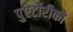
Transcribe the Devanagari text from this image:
पुएर्टोरीको